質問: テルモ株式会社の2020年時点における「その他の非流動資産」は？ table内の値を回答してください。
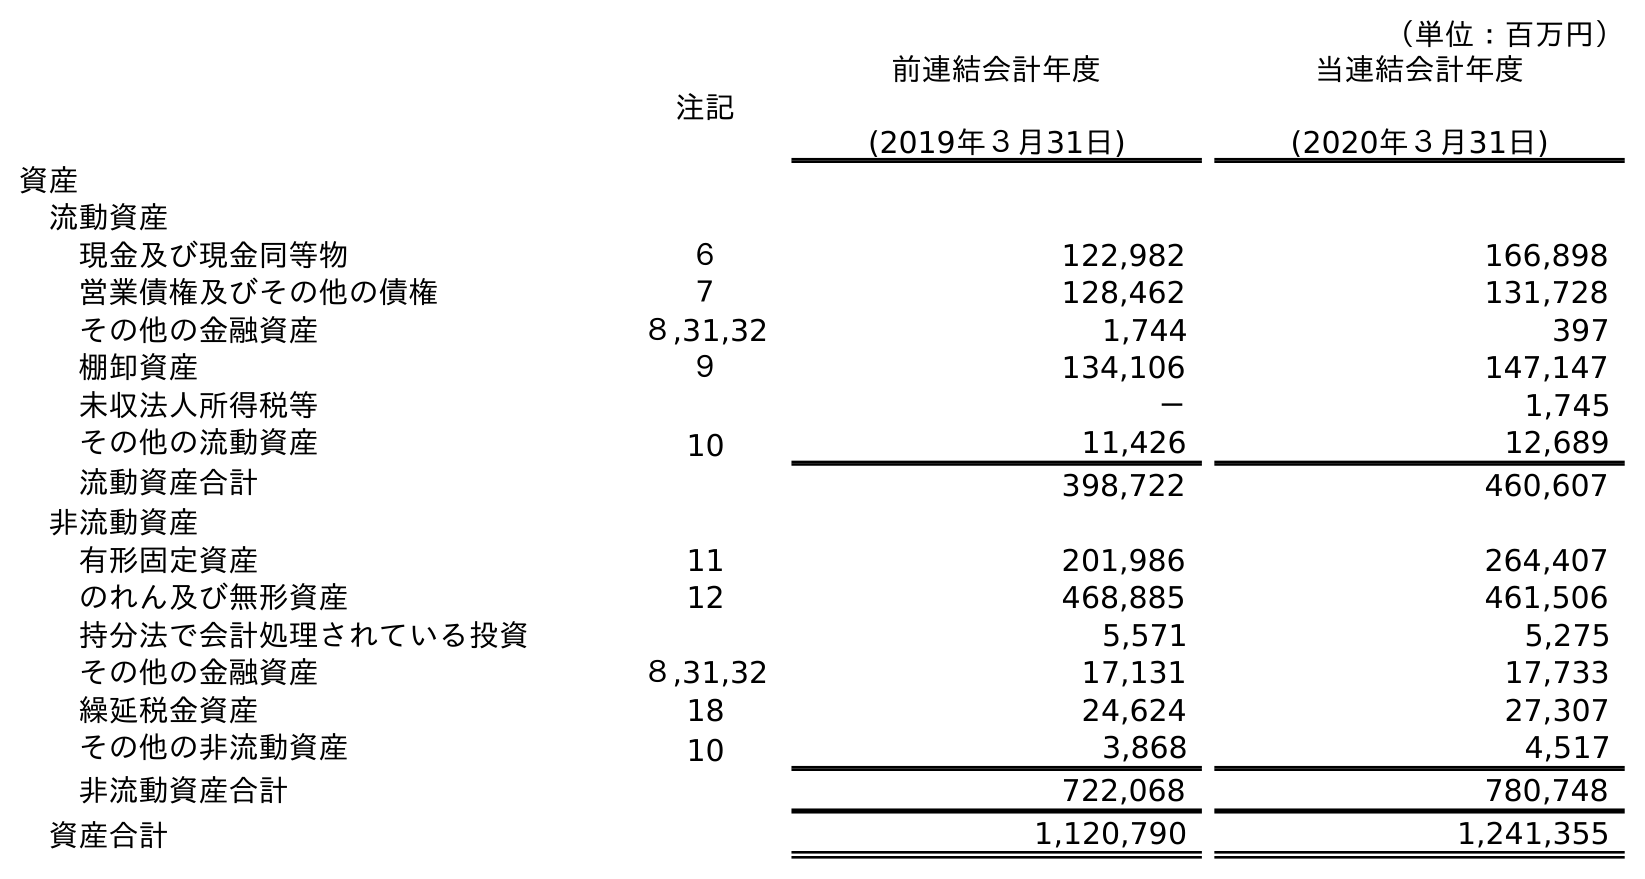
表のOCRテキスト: （単位：百万円） 注記 前連結会計年度 (2019年３月31日) 当連結会計年度 (2020年３月31日) 資産 流動資産 現金及び現金同等物 ６ 122,982 166,898 営業債権及びその他の債権 ７ 128,462 131,728 その他の金融資産 ８,31,32 1,744 397 棚卸資産 ９ 134,106 147,147 未収法人所得税等 － 1,745 その他の流動資産 10 11,426 12,689 流動資産合計 398,722 460,607 非流動資産 有形固定資産 11 201,986 264,407 のれん及び無形資産 12 468,885 461,506 持分法で会計処理されている投資 5,571 5,275 その他の金融資産 ８,31,32 17,131 17,733 繰延税金資産 18 24,624 27,307 その他の非流動資産 10 3,868 4,517 非流動資産合計 722,068 780,748 資産合計 1,120,790 1,241,355
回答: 4,517